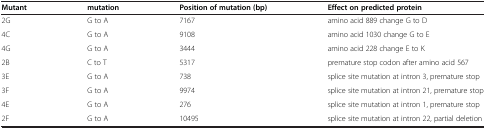
<table><thead><tr><td><b>Mutant</b></td><td><b>mutation</b></td><td><b>Position of mutation (bp)</b></td><td><b>Effect on predicted protein</b></td></tr></thead><tbody><tr><td>2G</td><td>G to A</td><td>7167</td><td>amino acid 889 change G to D</td></tr><tr><td>4C</td><td>G to A</td><td>9108</td><td>amino acid 1030 change G to E</td></tr><tr><td>4G</td><td>G to A</td><td>3444</td><td>amino acid 228 change E to K</td></tr><tr><td>2B</td><td>C to T</td><td>5317</td><td>premature stop codon after amino acid 567</td></tr><tr><td>3E</td><td>G to A</td><td>738</td><td>splice site mutation at intron 3, premature stop</td></tr><tr><td>3F</td><td>G to A</td><td>9974</td><td>splice site mutation at intron 21, premature stop</td></tr><tr><td>4E</td><td>G to A</td><td>276</td><td>splice site mutation at intron 1, premature stop</td></tr><tr><td>2F</td><td>G to A</td><td>10495</td><td>splice site mutation at intron 22, partial deletion</td></tr></tbody></table>